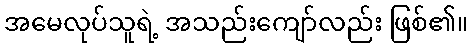
အမေလုပ်သူရဲ့ အသည်းကျော်လည်း ဖြစ်၏။